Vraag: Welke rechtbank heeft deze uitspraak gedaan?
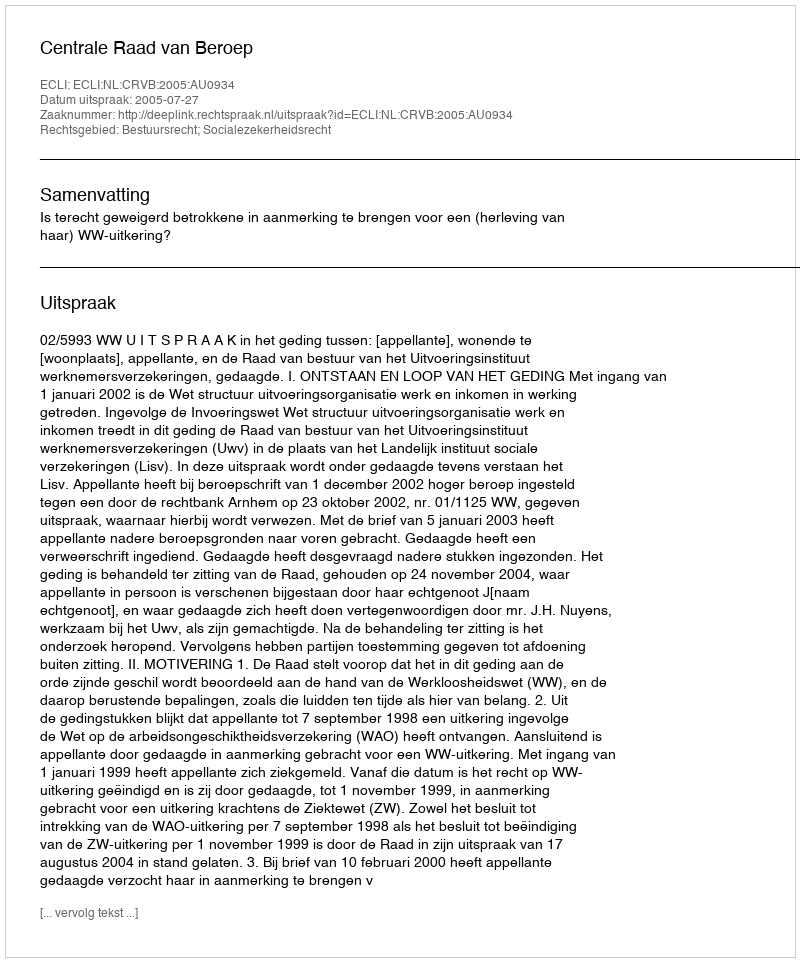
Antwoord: Centrale Raad van Beroep